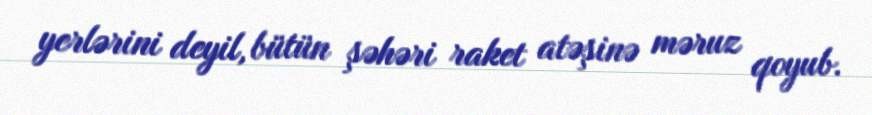
yerlərini deyil, bütün şəhəri raket atəşinə məruz qoyub.